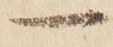
一